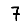
Digit: 7